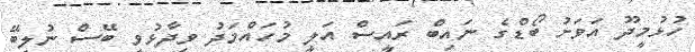
ހުޅުމީދޫ އަވަށު ބޯޑްގެ ނައިބް ރައީސް އަލީ މުހައްމަދު ވިދާޅުވީ ބޭސް ނުލިބޭ